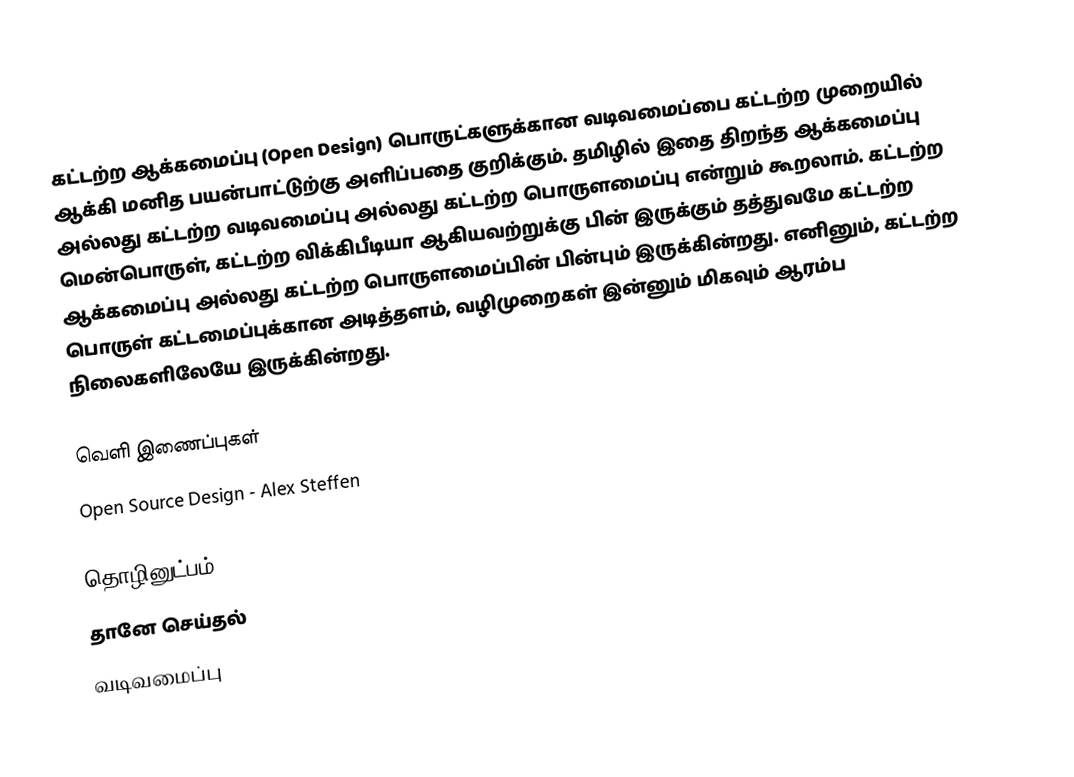
கட்டற்ற ஆக்கமைப்பு (Open Design) பொருட்களுக்கான வடிவமைப்பை கட்டற்ற முறையில் ஆக்கி மனித பயன்பாட்டுற்கு அளிப்பதை குறிக்கும்.  தமிழில் இதை திறந்த ஆக்கமைப்பு அல்லது கட்டற்ற வடிவமைப்பு அல்லது கட்டற்ற பொருளமைப்பு என்றும் கூறலாம்.  கட்டற்ற மென்பொருள், கட்டற்ற விக்கிபீடியா ஆகியவற்றுக்கு பின் இருக்கும் தத்துவமே கட்டற்ற ஆக்கமைப்பு அல்லது கட்டற்ற பொருளமைப்பின் பின்பும் இருக்கின்றது.  எனினும், கட்டற்ற பொருள் கட்டமைப்புக்கான அடித்தளம், வழிமுறைகள் இன்னும் மிகவும் ஆரம்ப நிலைகளிலேயே இருக்கின்றது.

வெளி இணைப்புகள்
 Open Source Design - Alex Steffen

தொழினுட்பம்
தானே செய்தல்
வடிவமைப்பு